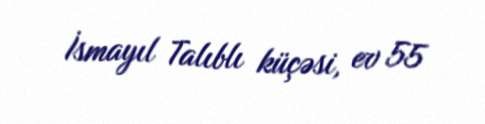
İsmayıl Talıblı küçəsi, ev 55